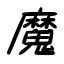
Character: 魔